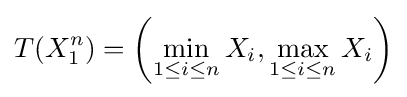
T(X_{1}^{n})=\left(\min _{1\leq i\leq n}X_{i},\max _{1\leq i\leq n}X_{i}\right)